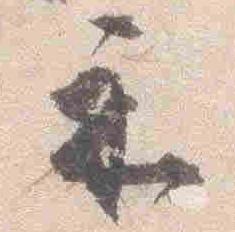
示